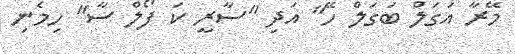
މޭރާ އަގަލް ބަގަލް ހޭ" އަދި "ސާރީ ކަ ފޯލް ސާ" ހިމެނި